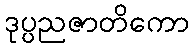
ဒုပ္ပညဇာတိကော